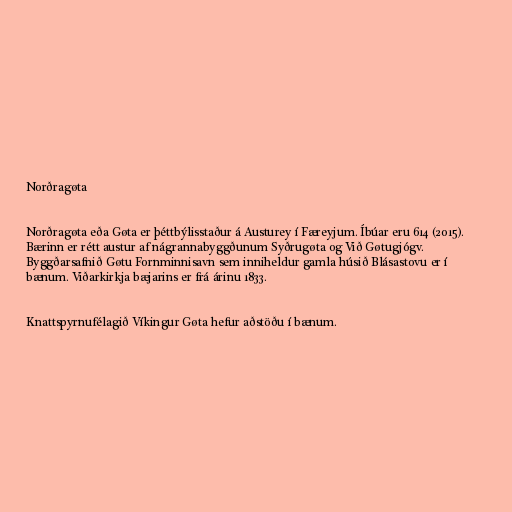
Norðragøta

Norðragøta eða Gøta er þéttbýlisstaður á Austurey í Færeyjum. Íbúar eru 614 (2015).
Bærinn er rétt austur af nágrannabyggðunum Syðrugøta og Við Gøtugjógv.
Byggðarsafnið Gøtu Fornminnisavn sem inniheldur gamla húsið Blásastovu er í
bænum. Viðarkirkja bæjarins er frá árinu 1833.

Knattspyrnufélagið Víkingur Gøta hefur aðstöðu í bænum.